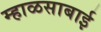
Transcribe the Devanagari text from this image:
म्हाळसाबाई